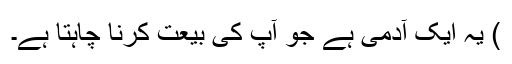
) یہ ایک آدمی ہے جو آپ کی بیعت کرنا چاہتا ہے۔